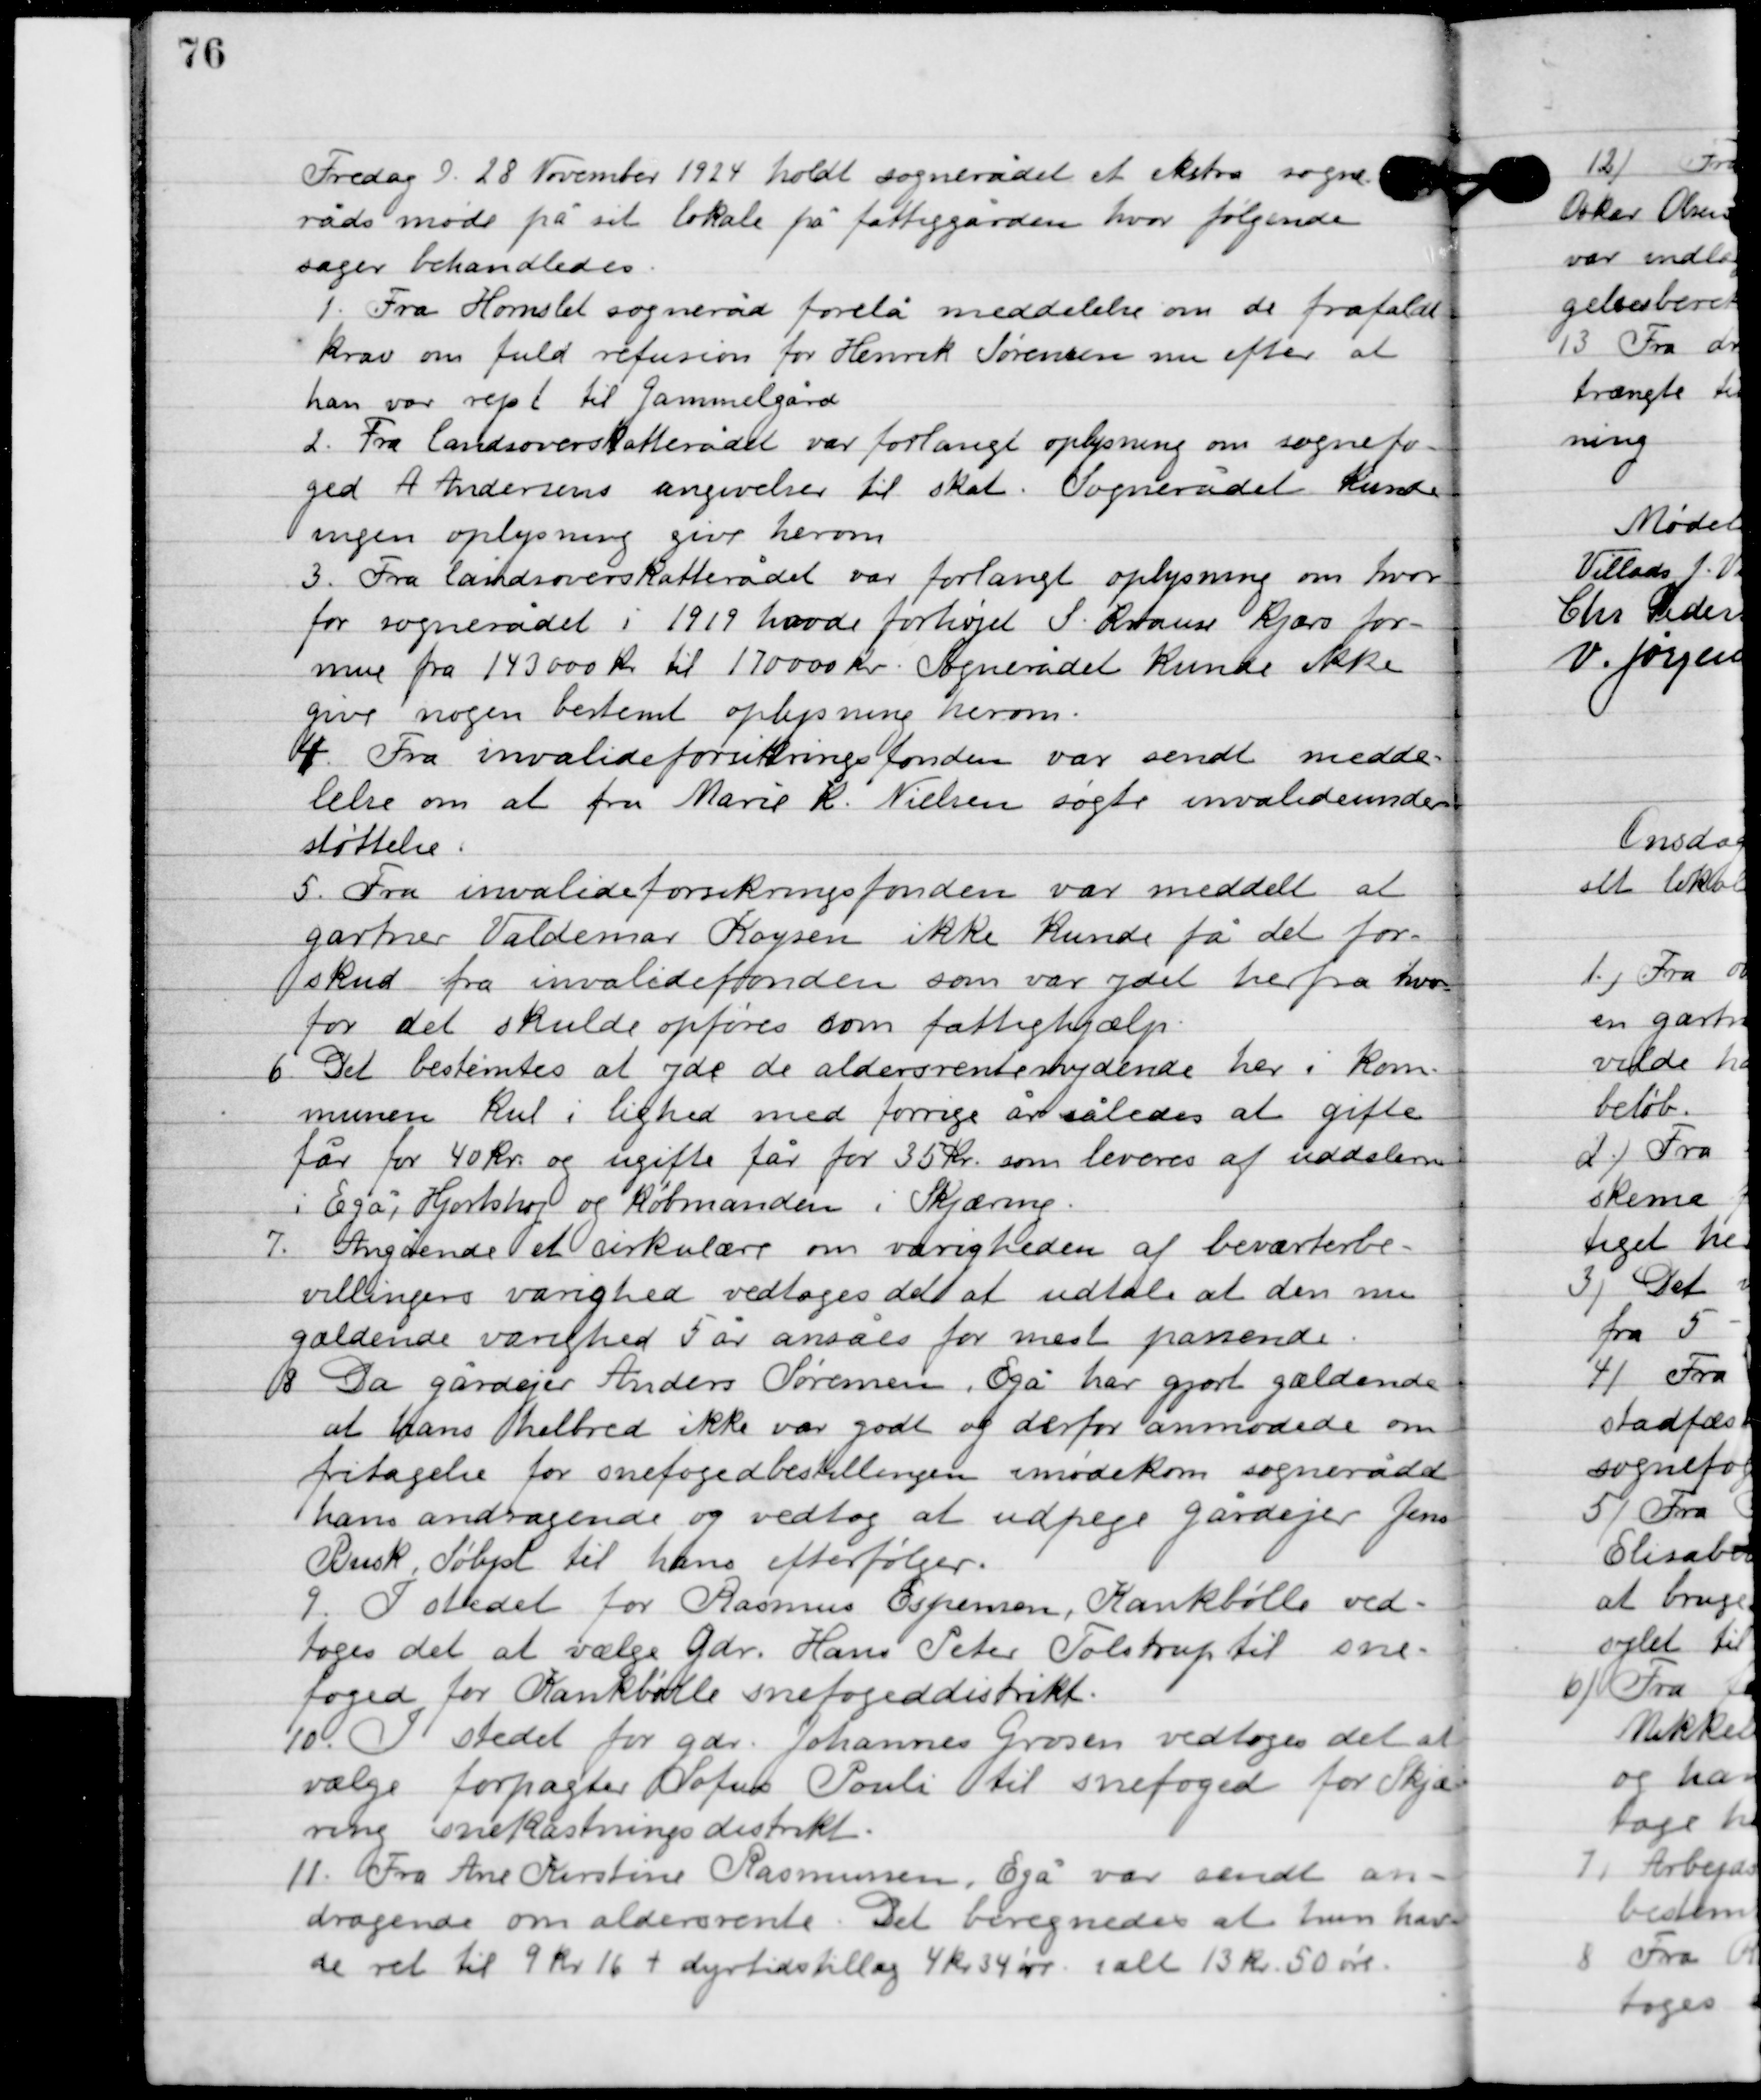
Transskription:
Fredag D. 28. November 1924 holdt sognerådet et ekstra sogne-
råds møde på sit lokale på fattiggården, hvor følgende
sager behandledes.

1

Fra Hornslet sogneråd forelå meddelelse om de frafalds-
krav om fuld refusion for Henrik Søren nu efter at
han var rejst til Gammelgård.

2

Fra landsretsskatterådet var forlangt oplysning om sognefo-
ged A. Andersens angivelser til skat. Sognerådet kunde
ingen oplysninger give herom.

3

Fra landsretsskatterådet var forlangt oplysning om hvor-
for sognerådet i 1919 havde forhøjet S. Krause Kjærs for-
mue fra 143000 kr. til 170000 kr. Sognerådet kunde ikke
 give nogen bestemt oplysning herom.

4

Fra invalideforsikringsfonden var sendt meddelelse om at
fru Marie K. Nielsen søgte invalideunder-
støttelse.

5

Fra invalideforsikringsfonden var meddelt at
 gartner Valdemar Kayser ikke kunde få det for-
skud fra invalidefonden som var ydet herfra hvor-
for det skulde opføres som fattighjælp.

6

Det bestemtes at yde de aldersrenteydende her i kom-
munen kul i lighed med forrige år således at gifte
får for 40 kr. og ugifte får for 35 kr. som leveres af uddelerne
i Egå, Hjortshøj og Købmanden i Skjæring.

7

Angående et cirkulære om varigheden af beværterbe-
villingers varighed vedtoges det at udtale at den nu
gældende varighed 5 år ansåes for mest passende.

8

Da Gårdejer Anders Sørensen, Egå har gjort gældende
at hans helbred ikke var godt og derfor anmodede om
fritagelse for snefogedbestillingen imødekom sognerådet
hans andragende og vedtog at udpege gårdejer Jens
Busk, Sølyst til hans efterfølger.

9

I stedet for Rasmus Espersen, Krankbølle ved-
toges det at vælge gdr. Hans Peter Tolstrup til sne-
foget, for Kankbølle snefoged distrikt.

10

I stedet for gdr. Johannes Grosen vedtoges det at
vælge forpagte Sofus Pouli til snefoged for Skjæ-
ring snekastning distrikt.

11

Fra Ane Kirstine Rasmussen, Egå var sendt an-
dragende om aldersrente. Det beregnedes at hun hav-
de ret til 9 kr. 16 + dyrtidstillæg 4 kr. 34 øre i alt 13 kr. 50 øre.